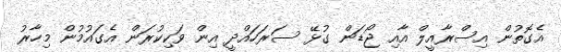
އެގޮތުން އިސްރާއީލް އާއި ޖޯޑަން ގުޅޭ ސަރަހައްދީ އިން ވަކިކުރަން އެގައުމުން މިހާރު